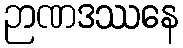
ဉာဏဒဿနေ